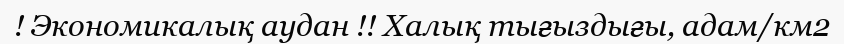
! Экономикалық аудан !! Халық тығыздығы, адам/км2